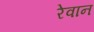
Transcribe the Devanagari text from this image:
रेवान